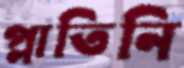
প্লাতিনি